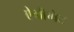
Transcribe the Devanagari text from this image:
ऐग्रीगेट